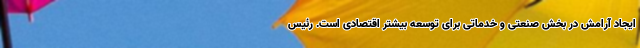
ایجاد آرامش در بخش صنعتی و خدماتی برای توسعه بیشتر اقتصادی است. رئیس